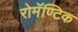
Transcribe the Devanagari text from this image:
रोमॅण्टिक